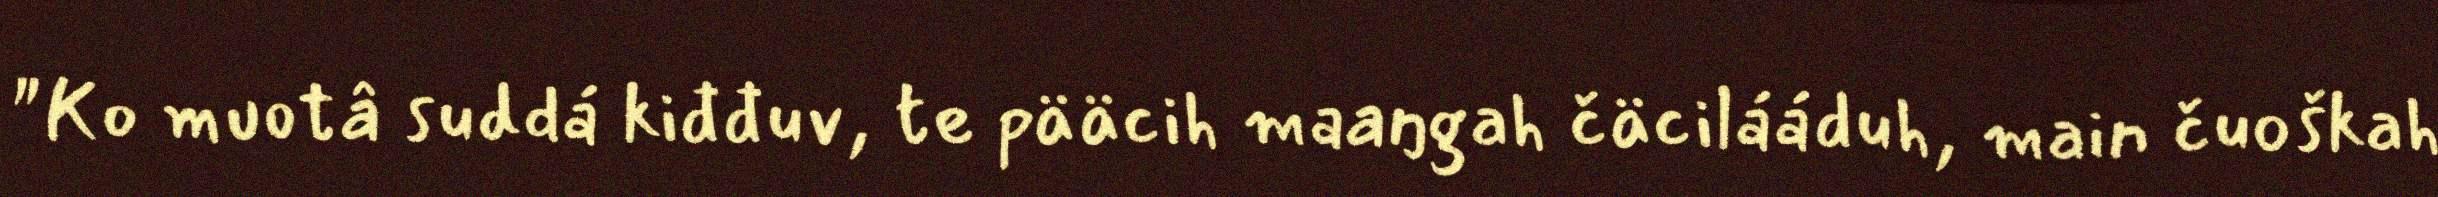
"Ko muotâ suddá kiđđuv, te pääcih maaŋgah čäcilááduh, main čuoškah